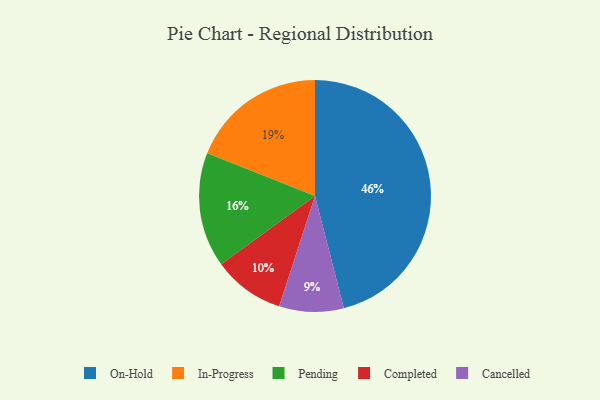
{"axis": {"x": "Category", "y": "Percentage"}, "legend": ["Cancelled", "Completed", "In-Progress", "On-Hold", "Pending"], "data": [{"x": "Cancelled", "y": 9, "type": "Cancelled"}, {"x": "Completed", "y": 10, "type": "Completed"}, {"x": "Pending", "y": 16, "type": "Pending"}, {"x": "On-Hold", "y": 46, "type": "On-Hold"}, {"x": "In-Progress", "y": 19, "type": "In-Progress"}]}